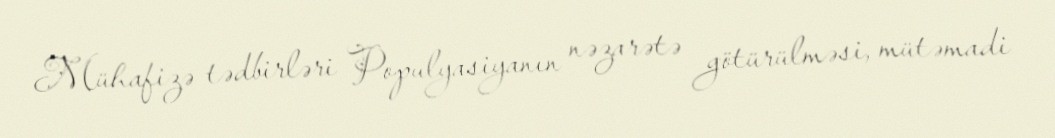
Mühafizə tədbirləri Populyasiyanın nəzarətə götürülməsi, mütəmadi